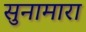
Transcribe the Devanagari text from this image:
सुनामारा